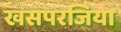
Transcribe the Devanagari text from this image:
खसपरजिया